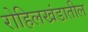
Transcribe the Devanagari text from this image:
रोहिलखंडातील